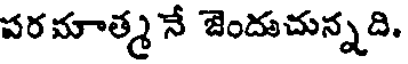
పరమాత్మ నే జెందుచున్నది.